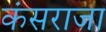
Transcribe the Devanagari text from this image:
कंसराजा